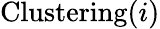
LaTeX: \mathrm{{Clustering}}(i)